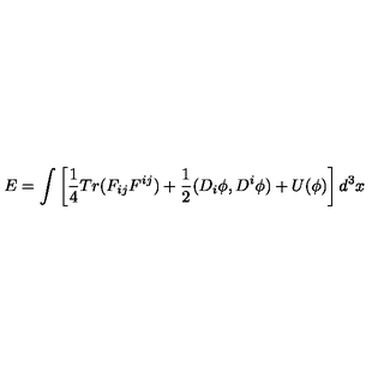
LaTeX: E = \int \left[ \frac { 1 } { 4 } T r ( F _ { i j } F ^ { i j } ) + \frac { 1 } { 2 } ( D _ { i } \phi , D ^ { i } \phi ) + U ( \phi ) \right] d ^ { 3 } x